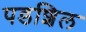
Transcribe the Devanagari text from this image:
पडशिल